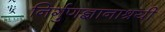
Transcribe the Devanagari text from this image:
निर्गुणज्ञानाश्रयी